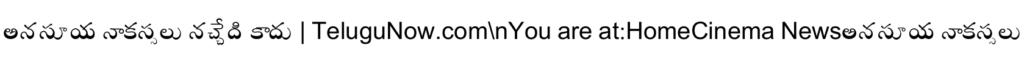
అనసూయ నాకస్సలు నచ్చేది కాదు | TeluguNow.com\nYou are at:HomeCinema Newsఅనసూయ నాకస్సలు